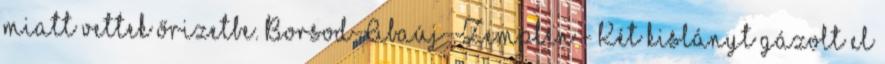
miatt vettek őrizetbe. Borsod-Abaúj-Zemplén - Két kislányt gázolt el